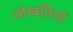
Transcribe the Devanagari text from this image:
मोम्बतियों